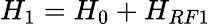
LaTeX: H_{1}=H_{0}+H_{RF1}